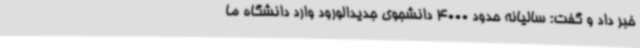
خبر داد و گفت: سالیانه حدود 4000 دانشجوی جدیدالورود وارد دانشگاه ما